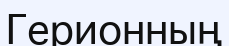
Герионның